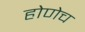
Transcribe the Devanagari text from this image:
होणेच